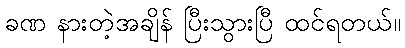
ခဏ နားတဲ့အချိန် ပြီးသွားပြီ ထင်ရတယ်။